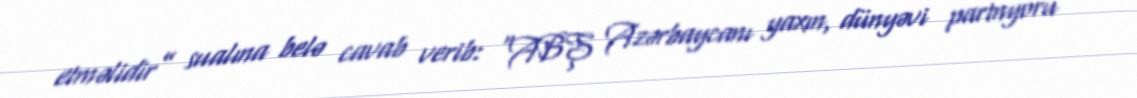
etməlidir” sualına belə cavab verib: “ABŞ Azərbaycanı yaxın, dünyəvi partnyoru